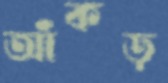
আঁকড়